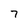
Character: 7